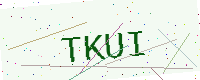
Text: TKUI